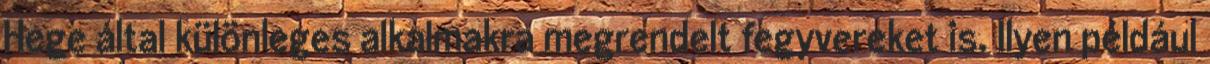
Hege által különleges alkalmakra megrendelt fegyvereket is. Ilyen például